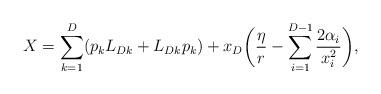
LaTeX: \begin{align*} X=\sum_{k=1}^{D}(p_kL_{Dk}+L_{Dk}p_k)+x_D\bigg(\frac{\eta}{r}-\sum_{i=1}^{D-1}\frac{2\alpha_i}{x_i^2}\bigg),\end{align*}